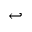
\hookleftarrow